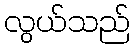
လွယ်သည်